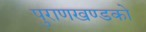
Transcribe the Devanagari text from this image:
पुराणखण्डको